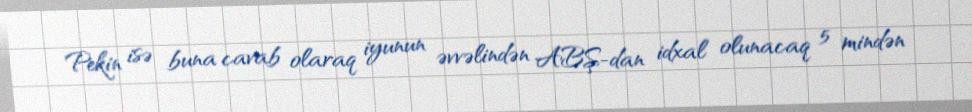
Pekin isə buna cavab olaraq iyunun əvvəlindən ABŞ-dan idxal olunacaq 5 mindən